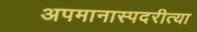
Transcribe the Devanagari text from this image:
अपमानास्पदरीत्या